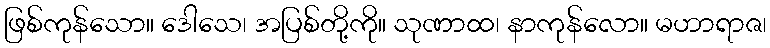
ဖြစ်ကုန်သော။ ဒေါသေ၊ အပြစ်တို့ကို။ သုဏာထ၊ နာကုန်လော။ မဟာရာဇ၊